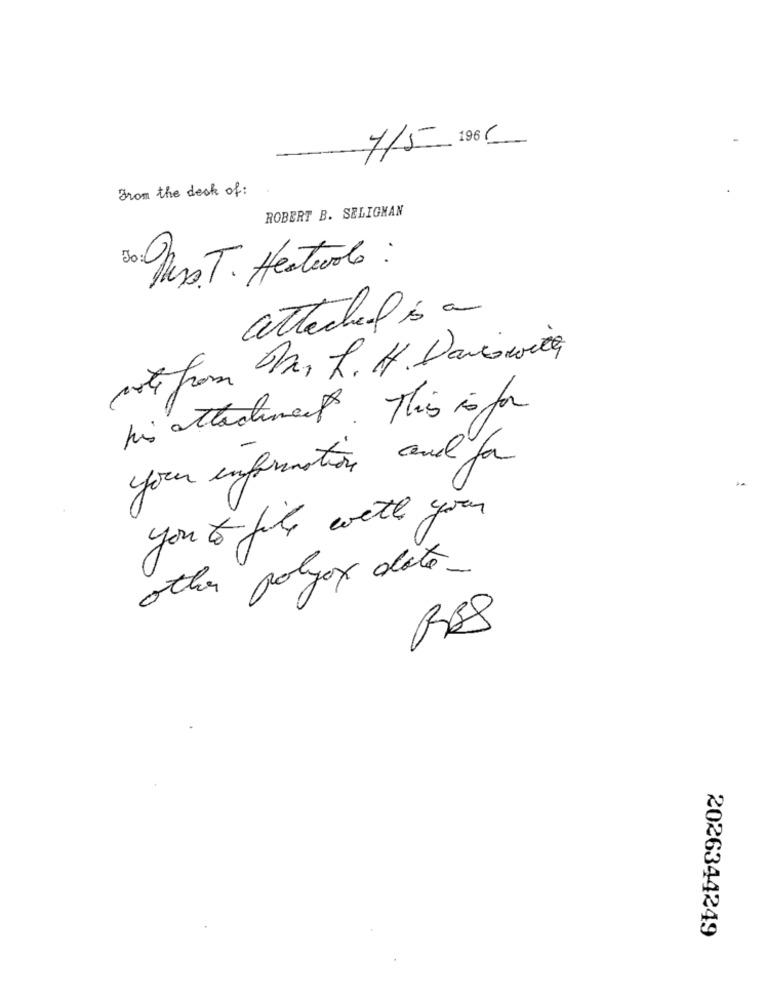
7/5 196 6
From the deck of:
ROBERT B. SELIGMAN
Dess. T. Hestavolo :
attached is a
vote from , R. H. Daviswith
his attachments. This is for
your information and for
you to fill with you
other polyox date_
RES
2026344249